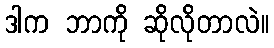
ဒါက ဘာကို ဆိုလိုတာလဲ။